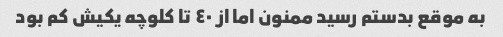
به موقع بدستم رسید ممنون اما از ٤٠ تا کلوچه یکیش کم بود